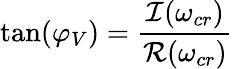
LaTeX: \tan(\varphi_{V})=\frac{\mathcal{I}(\omega_{cr})}{\mathcal{R}(\omega_{cr})}